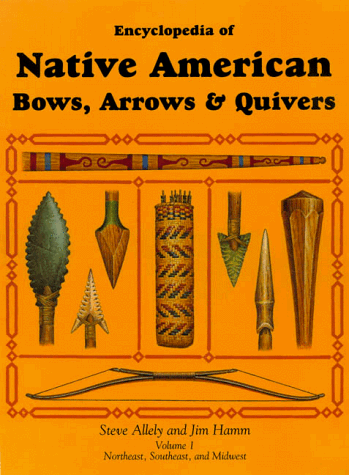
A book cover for Encyclopedia of Native American Bows, Arrows & Quivers: Volume 1:  Northeast, Southeast, and Midwest; Steve Allely; Reference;